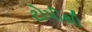
ટોપીથી